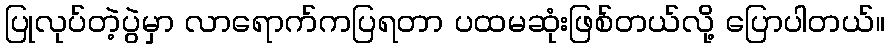
ပြုလုပ်တဲ့ပွဲမှာ လာရောက်ကပြရတာ ပထမဆုံးဖြစ်တယ်လို့ ပြောပါတယ်။